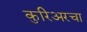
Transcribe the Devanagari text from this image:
कुरिअरचा